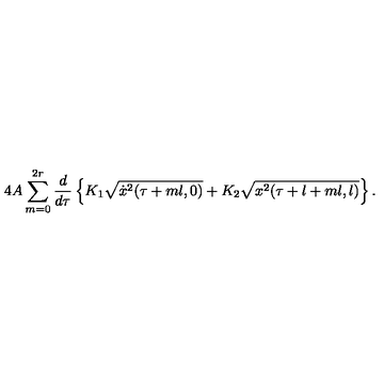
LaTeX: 4 A \sum _ { m = 0 } ^ { 2 r } \frac { d } { d \tau } \left\{ K _ { 1 } \sqrt { \dot { x } ^ { 2 } ( \tau + m l , 0 ) } + K _ { 2 } \sqrt { x ^ { 2 } ( \tau + l + m l , l ) } \right\} .